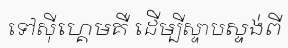
ទៅស៊ីហ្គេមគឺ ដើម្បីស្ទាបស្ទង់ពី